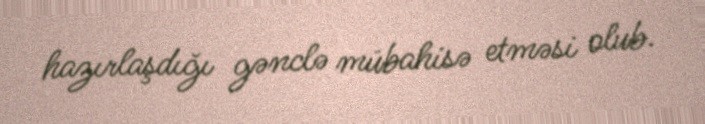
hazırlaşdığı gənclə mübahisə etməsi olub.